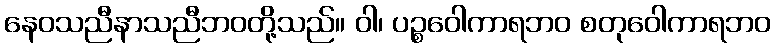
နေဝသညီနာသညီဘဝတို့သည်။ ဝါ၊ ပဉ္စဝေါကာရဘဝ စတုဝေါကာရဘဝ